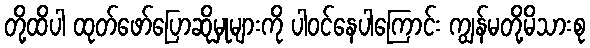
တို့ထိပါ ထုတ်ဖော်ပြောဆိုမှုများကို ပါဝင်နေပါကြောင်း ကျွန်မတို့မိသားစု